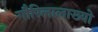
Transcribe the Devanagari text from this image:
गौरिलालाख्यो